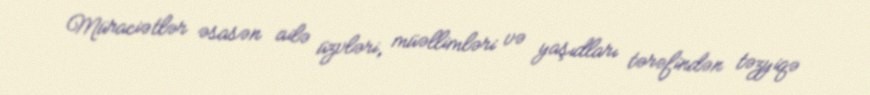
Müraciətlər əsasən ailə üzvləri, müəllimləri və yaşıdları tərəfindən təzyiqə